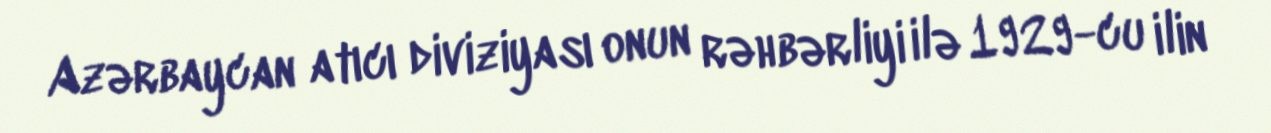
Azərbaycan atıcı diviziyası onun rəhbərliyi ilə 1929-cu ilin